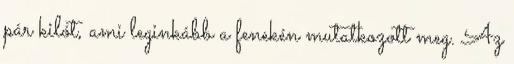
pár kilót, ami leginkább a fenekén mutatkozott meg. Az